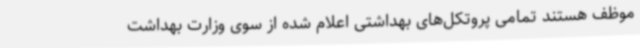
موظف هستند تمامی پروتکل‌های بهداشتی اعلام شده از سوی وزارت بهداشت